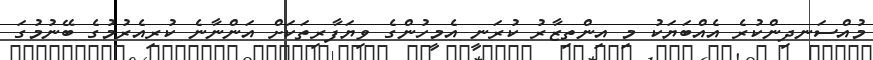
މުއްސަނދިންކުރެ އެއްބަޔަކު މި އިންތިޒާރު ކުރަނީ އެމީހުންގެ ވިޔަފާރިތަކަށް އަންނާނެ ކުރިއެރުމުގެ ބޭނުމުގަ